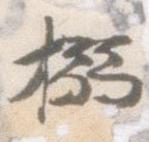
搦